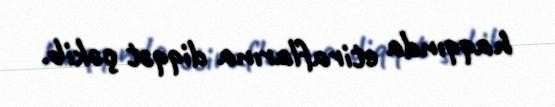
haqqında etiraflarına diqqət çəkib.